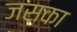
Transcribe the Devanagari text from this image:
जसका